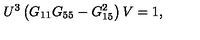
U ^ { 3 } \left( G _ { 1 1 } G _ { 5 5 } - G _ { 1 5 } ^ { 2 } \right) V = 1 ,